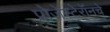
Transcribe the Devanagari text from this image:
प्रोजेस्टेरॉनचे